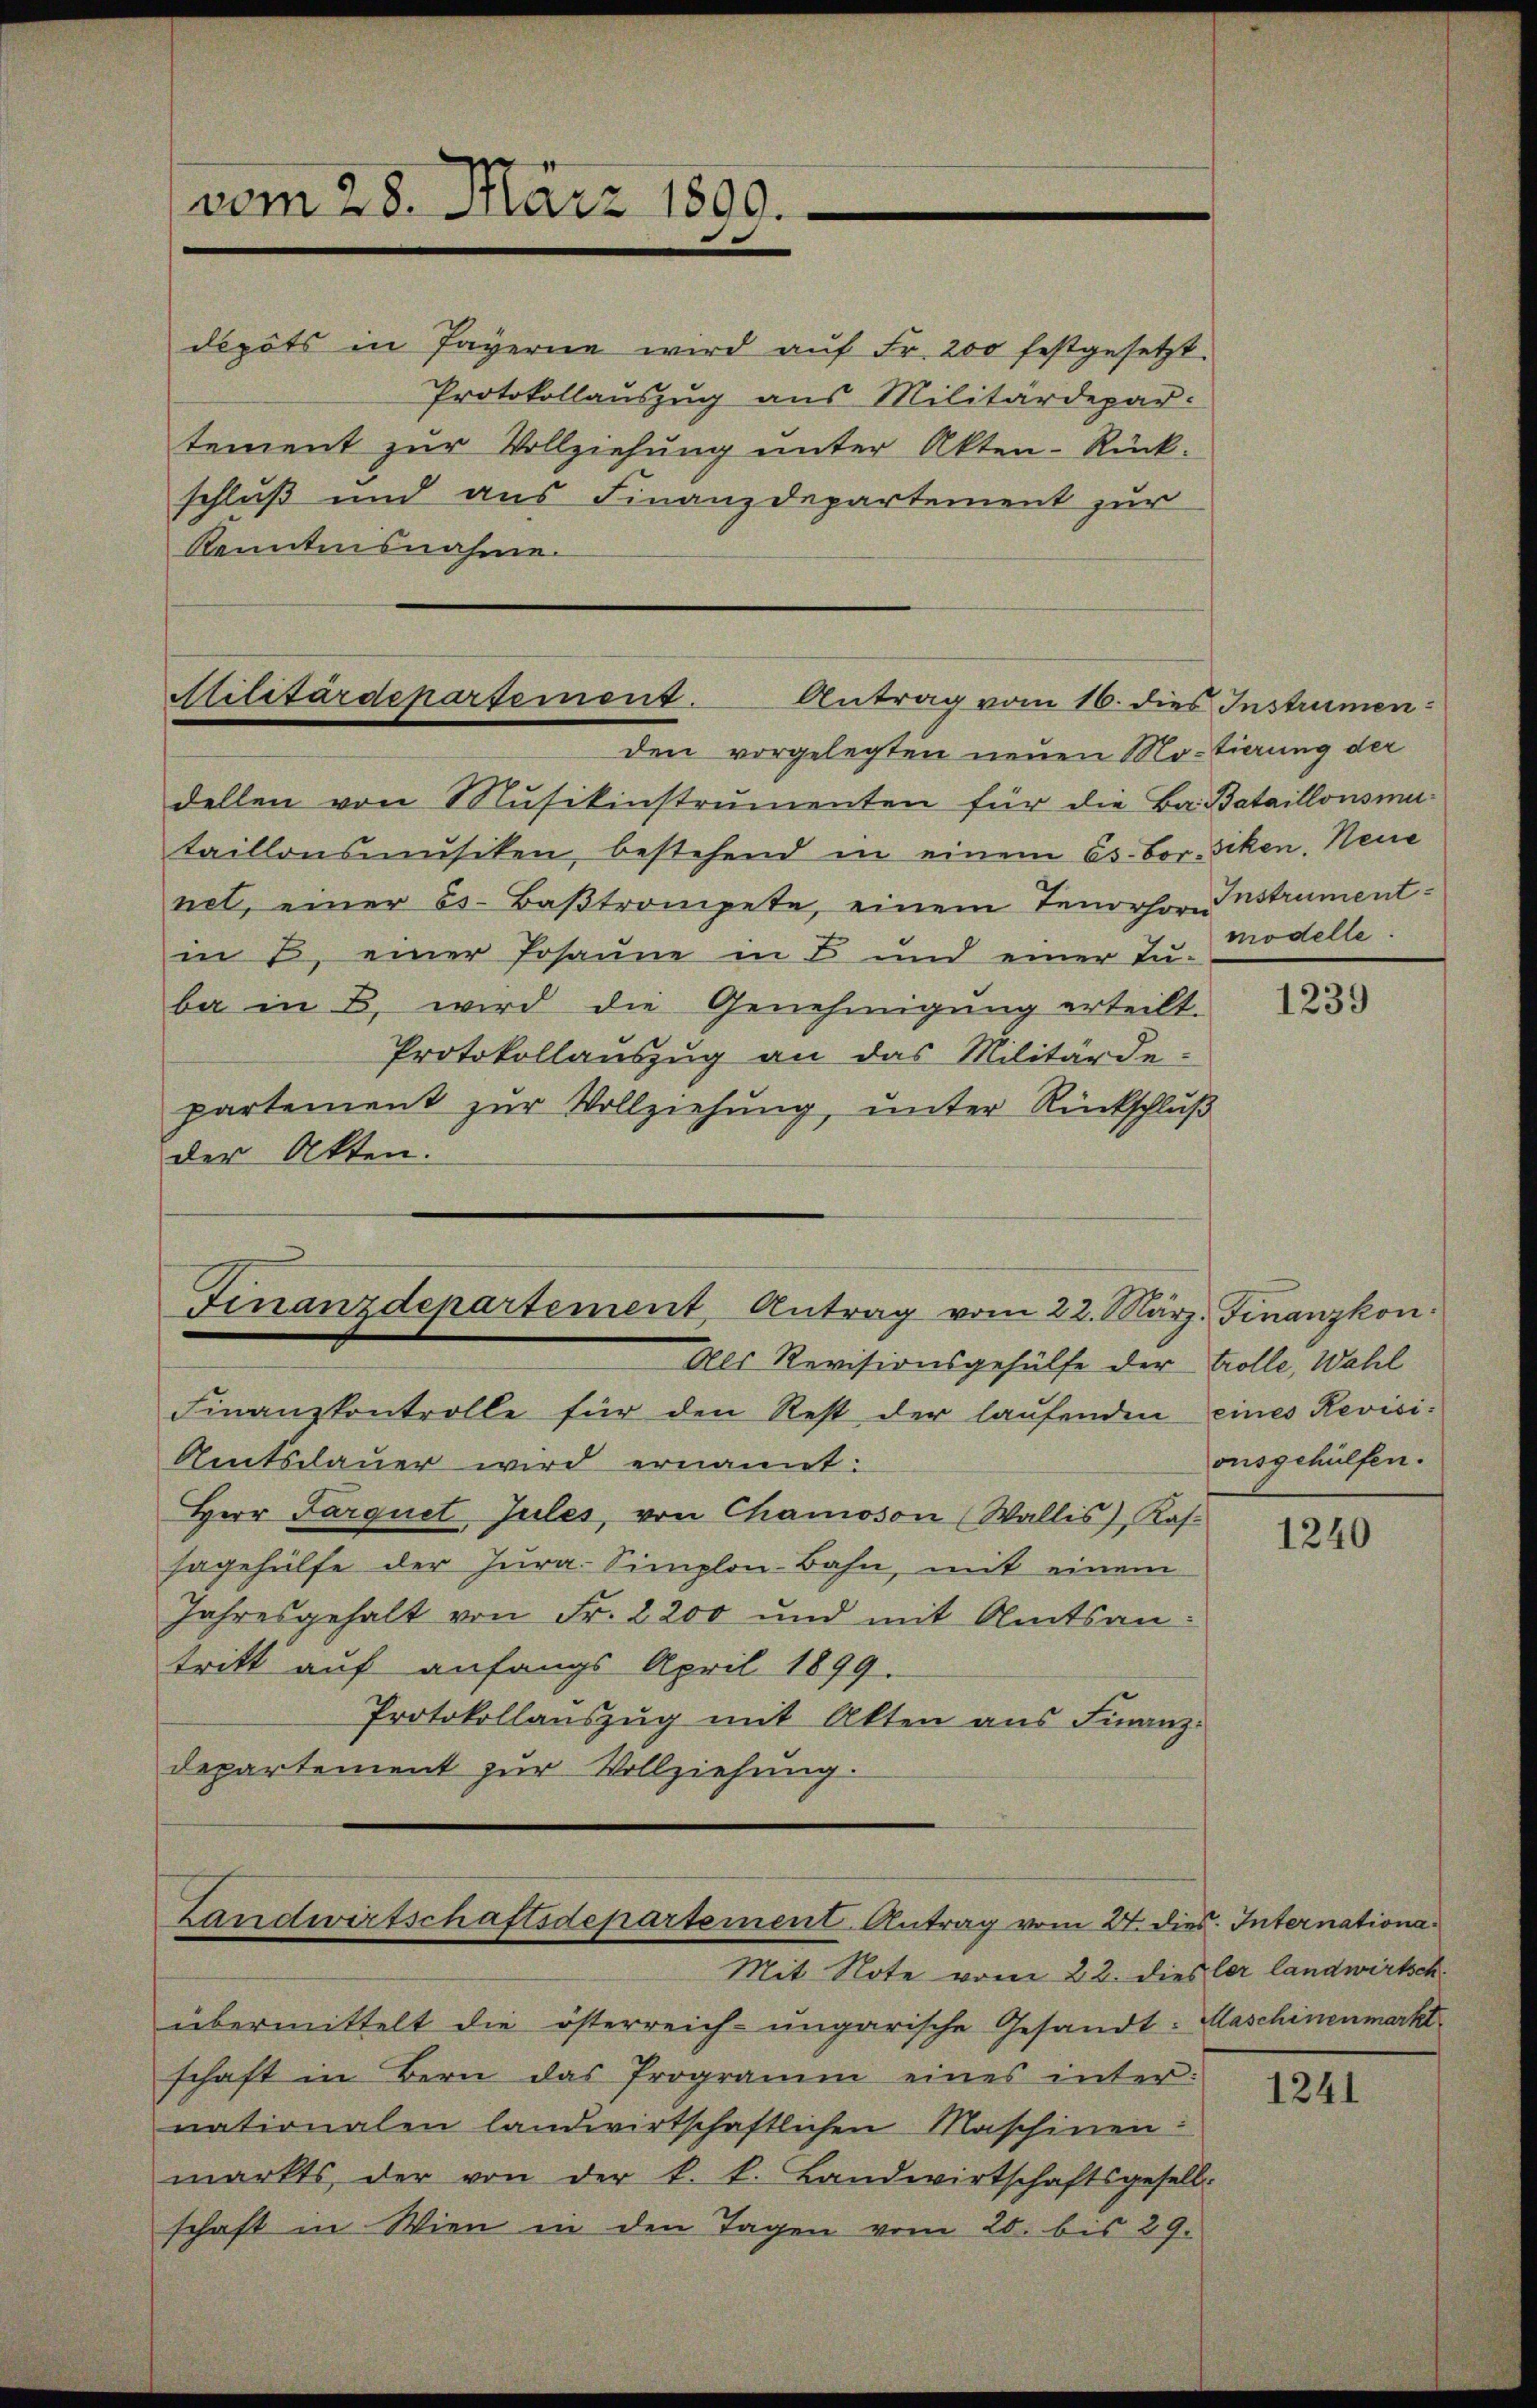
vom 28. März 1809.

schluß und aus Finanzdepartement zur
Kenntnisnahme.

depots in Payerne wird aŭf Fr. 200 festgesetzt
Protokollauszug aus Militärdepar-
tement zur Vollziehung unter Akten-Rück-

Militärdepartement.
Antrag vom 16. dies Instrumen¬

Finanzdepartement Antrag vom 22. März. Finanzkon.
Als Revisionsgehülfe der trolle, Wahl

den vorgelegten neuen Motierung der
dellen von Musikinstrumenten für die Ba. Bataillonsmataillonsmŭsiken, bestehend in einem es. Bor-siken. Neue
net, einer es. Bastrompete, einem Tenorher Instrumentin 2. einer Josaune in B und einer Juba in B. wird die Genehmigung erteilt.
Protokollauszug an das Militärde-
partement zur Vollziehung, unter Rückschluß
der Akten.

Finanzkontrolle für den Rest der laŭfenden eines Revisi-
Amtsdauer wird ernannt:
Herr Parquet Jules, von Chamoson (Wallis, Kas.
sagehülfe der Jura-Simplon-Bahn, mit einem
Jahresgehalt von Fr. 2200 und mit Amtsantritt auf anfangs April 1899.
Protokollauszug mit Akten aus Finanz¬
Departement zur Vollziehung.

Landwirtschaftsdepartement Antrag vom 24. dies. Internationa¬

Mit Note vom 22. dieser landwirtsch
übermittelt die österreich-ungarische Gesandt: Maschinenmarkt
schaft in Bern das Programm eines internationalen landwirtschaftlichen Maschinen:
markts der von der k. k. Landwirtschaftsgesell-
schaft in Wien in den Tagen vom 20. bis 29.

modelle.

1239

onsgehülfen.

1240

1241